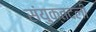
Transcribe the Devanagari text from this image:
संयुक्तदली